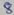
Text: 8